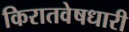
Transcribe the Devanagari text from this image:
किरातवेषधारी